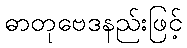
ဓာတုဗေဒနည်းဖြင့်